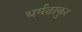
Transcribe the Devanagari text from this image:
धर्मठाकुर